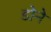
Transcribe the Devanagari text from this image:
डोने